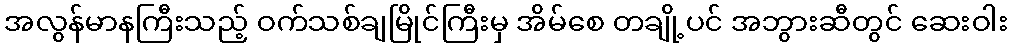
အလွန်မာနကြီးသည့် ဝက်သစ်ချမြိုင်ကြီးမှ အိမ်စေ တချို့ပင် အဘွားဆီတွင် ဆေးဝါး